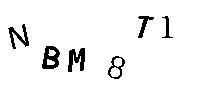
NBM8T1